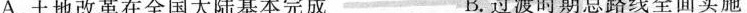
A.土地改革在全国大陆基本完成 B.过渡时期总路线全面实施